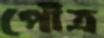
পৌত্র